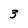
Character: 3